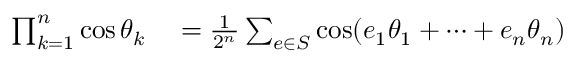
\begin{array} { r l } { \prod _ { k = 1 } ^ { n } \cos \theta _ { k } } & { { } = { \frac { 1 } { 2 ^ { n } } } \sum _ { e \in S } \cos ( e _ { 1 } \theta _ { 1 } + \cdots + e _ { n } \theta _ { n } ) } \end{array}